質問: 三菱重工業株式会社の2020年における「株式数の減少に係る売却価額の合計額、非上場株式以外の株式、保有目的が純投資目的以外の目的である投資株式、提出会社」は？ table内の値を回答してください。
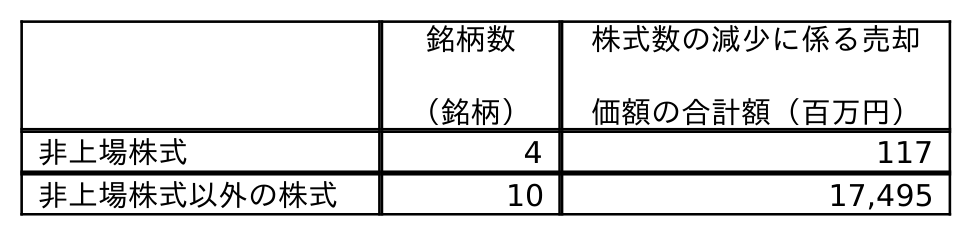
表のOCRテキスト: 銘柄数 （銘柄） 株式数の減少に係る売却 価額の合計額（百万円） 非上場株式 4 117 非上場株式以外の株式 10 17,495
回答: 17,495